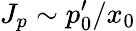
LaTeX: J_{p}\sim p_{0}^{\prime}/x_{0}